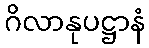
ဂိလာနုပဋ္ဌာနံ